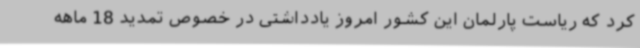
کرد که ریاست پارلمان این کشور امروز یادداشتی در خصوص تمدید 18 ماهه